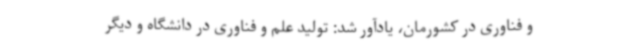
و فناوری در کشورمان، یادآور شد: تولید علم و فناوری در دانشگاه و دیگر